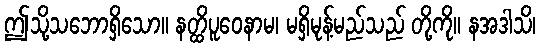
ဤသို့သဘောရှိသော။ နတ္ထိပူဝေနာမ၊ မရှိမုန့်မည်သည် တို့ကို။ နအဒါသိ၊